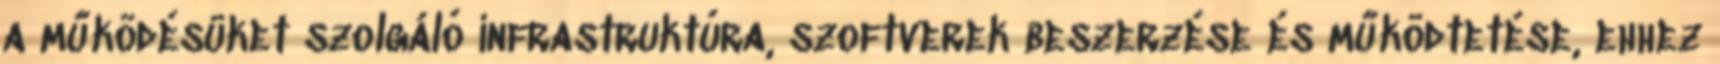
a működésüket szolgáló infrastruktúra, szoftverek beszerzése és működtetése, ehhez